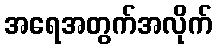
အရေအတွက်အလိုက်